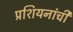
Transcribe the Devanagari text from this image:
प्रशियनांची